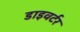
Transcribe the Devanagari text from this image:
डाइवर्टर